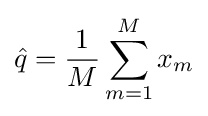
{\hat {q}}={\frac {1}{M}}\sum _{m=1}^{M}x_{m}